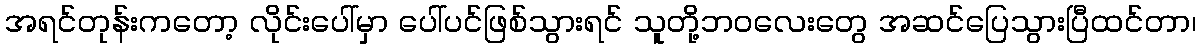
အရင်တုန်းကတော့ လိုင်းပေါ်မှာ ပေါ်ပင်ဖြစ်သွားရင် သူတို့ဘဝလေးတွေ အဆင်ပြေသွားပြီထင်တာ၊